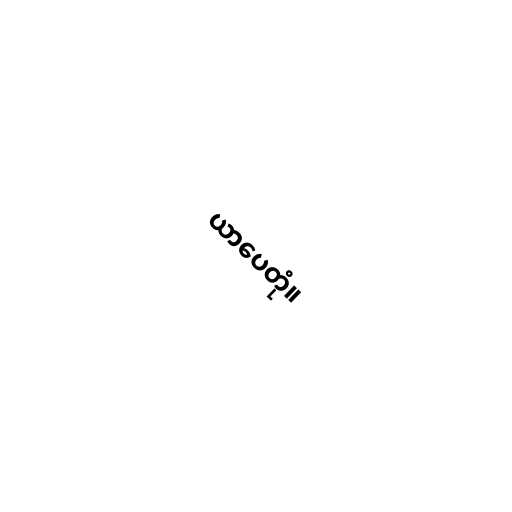
ယာပေတုံ။